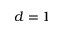
d = 1